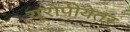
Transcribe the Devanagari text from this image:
यूरोपीयेतर